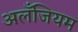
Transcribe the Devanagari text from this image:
अलँजियम